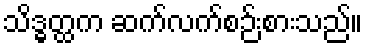
သိဒ္ဓတ္ထက ဆက်လက်စဉ်းစားသည်။